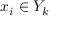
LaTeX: x _ { i } \in Y _ { k }